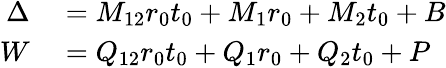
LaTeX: \begin{array}{rl}{\Delta}&{{}=M_{12}r_{0}t_{0}+M_{1}r_{0}+M_{2}t_{0}+B}\\ {W}&{{}=Q_{12}r_{0}t_{0}+Q_{1}r_{0}+Q_{2}t_{0}+P}\end{array}